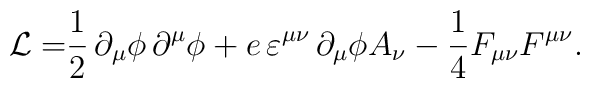
\mathcal{L=}\frac{1}{2}\,\partial _{\mu }\phi \,\partial ^{\mu }\phi+e\,\varepsilon ^{\mu \nu }\,\partial _{\mu }\phi A_{\nu }-\frac{1}{4}F_{\mu \nu}F^{\mu \nu }.